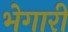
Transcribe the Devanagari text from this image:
भेगारी